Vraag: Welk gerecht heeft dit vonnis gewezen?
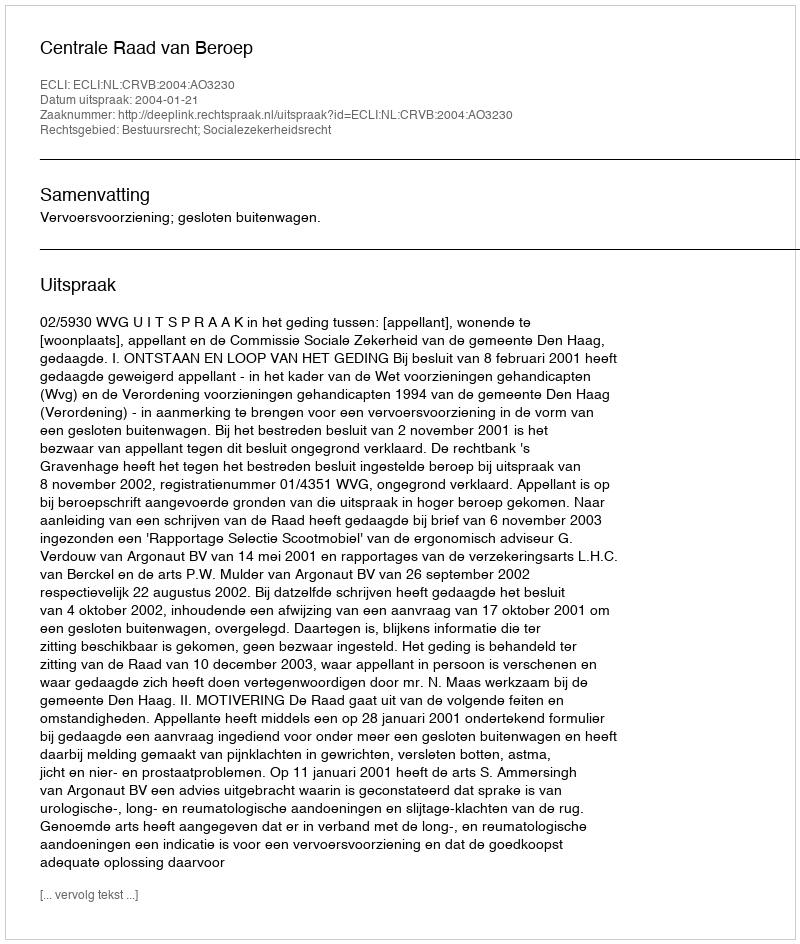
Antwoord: Centrale Raad van Beroep